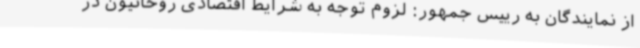
از نمایندگان به رییس جمهور: لزوم توجه به شرایط اقتصادی روحانیون در